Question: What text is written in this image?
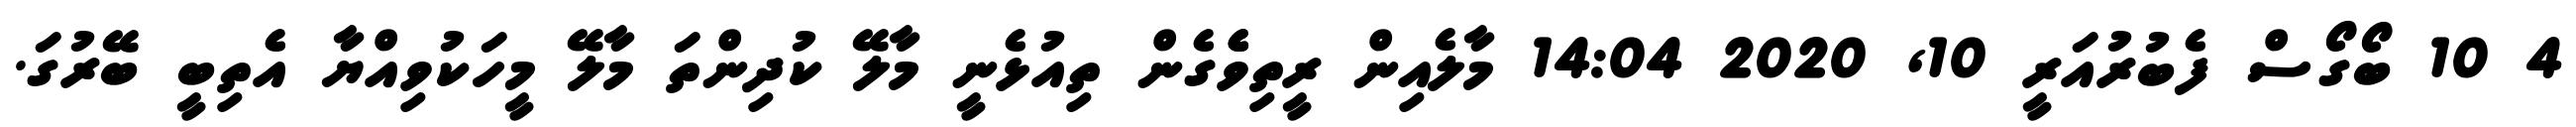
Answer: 4 10 ބޯގޯސް ފެބުރުއަރީ 10, 2020 14:04 މާލެއިން ރީތިވެެގެން ތިއުޅެނީ މާލޭ ކުދިންތަ މާލޭ މީހަކުވިއްޔާ އެތިބީ ބޭރުގަ.